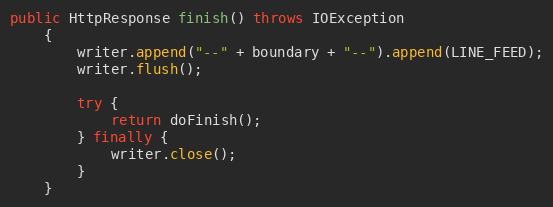
Language: Java
public HttpResponse finish() throws IOException
    {
        writer.append("--" + boundary + "--").append(LINE_FEED);
        writer.flush();

        try {
            return doFinish();
        } finally {
            writer.close();
        }
    }